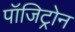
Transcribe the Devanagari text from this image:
पॉजिट्रोन